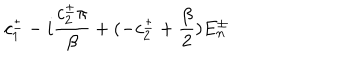
c _ { 1 } ^ { \pm } - i \frac { c _ { 2 } ^ { \pm } \pi } { \beta } + ( - c _ { 2 } ^ { \pm } + \frac { \beta } { 2 } ) E _ { n } ^ { \pm }